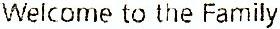
WELCOME TO THE FAMILY